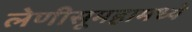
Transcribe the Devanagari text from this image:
लेणीसूमहामध्ये